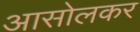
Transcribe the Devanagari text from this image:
आसोलकर